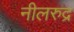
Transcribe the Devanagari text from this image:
नीलरुद्र